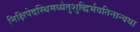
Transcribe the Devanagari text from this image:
निक्षिपेदस्थिमध्येतुशुद्धिर्भवतिनान्यथा